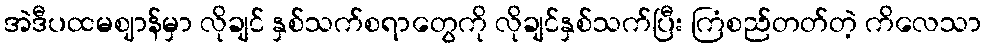
အဲဒီပထမဈာန်မှာ လိုချင် နှစ်သက်စရာတွေကို လိုချင်နှစ်သက်ပြီး ကြံစည်တတ်တဲ့ ကိလေသာ